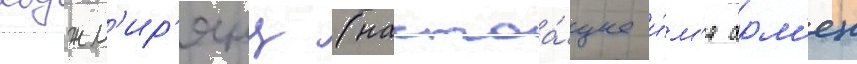
ходжм'ир'янц (настоа́щее и́м'я арм'ен